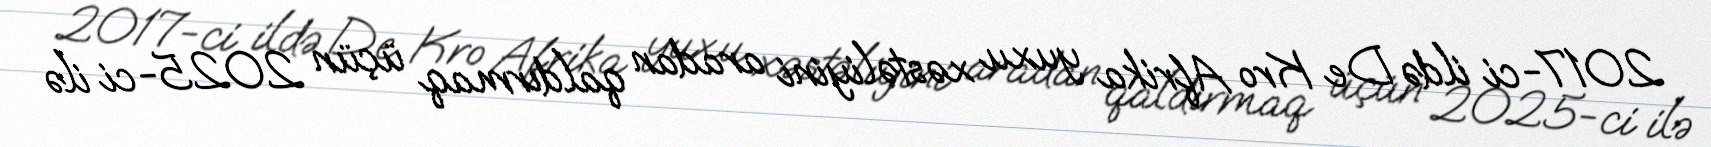
2017-ci ildə De Kro Afrika yuxu xəstəliyini aradan qaldırmaq üçün 2025-ci ilə